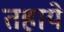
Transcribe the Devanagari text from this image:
तहाये